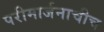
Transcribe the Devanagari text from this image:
परीमार्जनाचीच